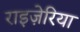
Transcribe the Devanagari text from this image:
राइज़ेरिया